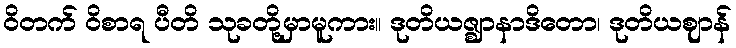
ဝိတက် ဝိစာရ ပီတိ သုခတို့မှာမူကား။ ဒုတိယဇ္ဈာနာဒိတော၊ ဒုတိယဈာန်